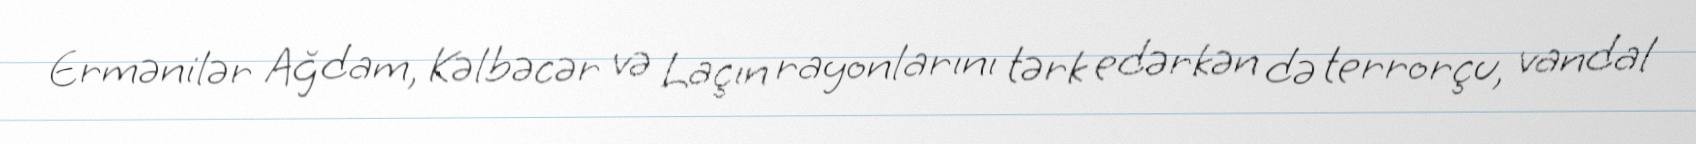
Ermənilər Ağdam, Kəlbəcər və Laçın rayonlarını tərk edərkən də terrorçu, vandal